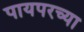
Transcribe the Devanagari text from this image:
पायपरच्या